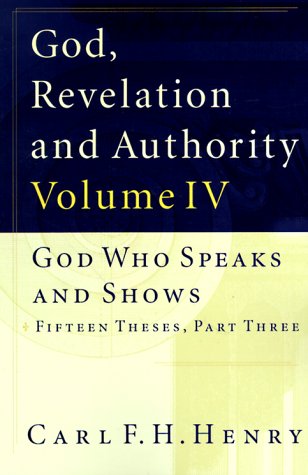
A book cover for God, Revelation, and Authority (Volume 4); Carl Ferdinand Howard Henry; Christian Books & Bibles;